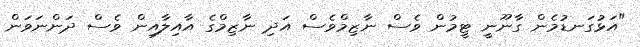
"އަޅުގަނޑުމެން ގާނޫނީ ޓީމުން ވެސް ނާޒިމްވެސް އަދި ނާޒިމްގެ އާއިލާއިން ވެސް ދަންނަވަން